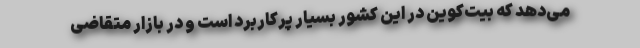
می‌دهد که بیت‌کوین در این کشور بسیار پرکاربرد است و در بازار متقاضی